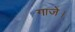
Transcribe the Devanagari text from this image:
गाजे।